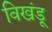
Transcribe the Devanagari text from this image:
विखंडू